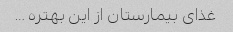
غذای بیمارستان از این بهتره …